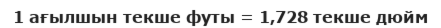
1 ағылшын текше футы = 1‚728 текше дюйм